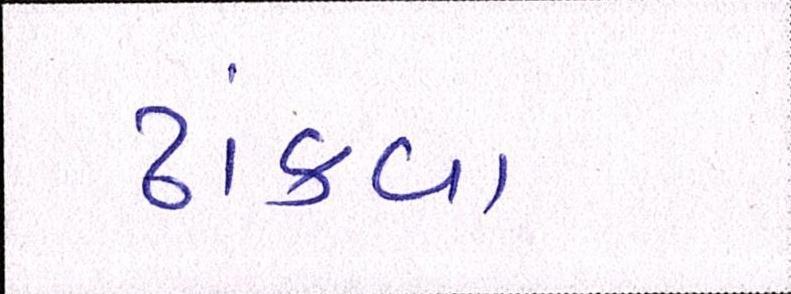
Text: ઢાંકવા